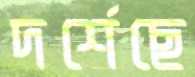
দর্শেছে